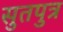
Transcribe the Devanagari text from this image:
सुतपुत्र